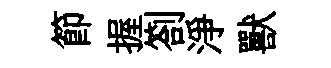
節握劄淨獸